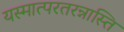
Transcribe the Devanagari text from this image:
यस्मात्परतरन्नास्ति